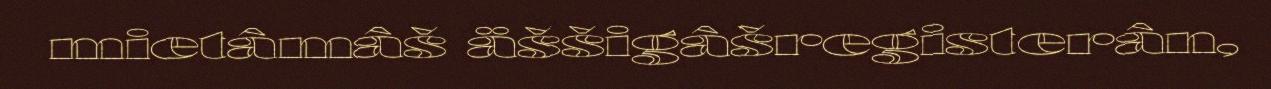
mietâmâš äššigâšregisterân,